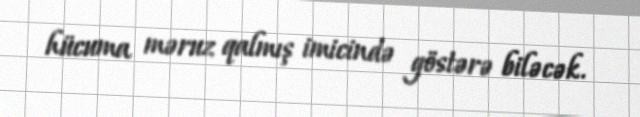
hücuma məruz qalmış imicində göstərə biləcək.